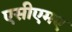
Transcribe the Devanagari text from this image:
एसीएमए